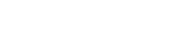
ခေါင်းဆောင်ကြီးများ